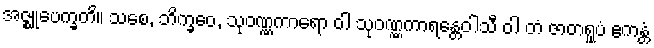
အဇ္ဈုပေက္ခတိ။ သစေ, ဘိက္ခဝေ, သုဝဏ္ဏကာရော ဝါ သုဝဏ္ဏကာရန္တေဝါသီ ဝါ တံ ဇာတရူပံ ဧကန္တံ